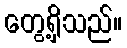
တွေ့ရှိသည်။